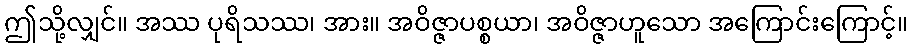
ဤသို့လျှင်။ အဿ ပုရိသဿ၊ အား။ အဝိဇ္ဇာပစ္စယာ၊ အဝိဇ္ဇာဟူသော အကြောင်းကြောင့်။